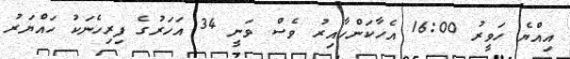
އިއްޔެ ހަވީރު 16:00 އެހާކަންހާއިރު ވެސް ވަނީ 34 އަހަރުގެ ފިރިހެނަކު ހައްޔަރު